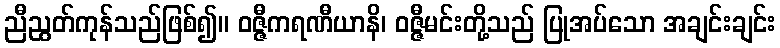
ညီညွတ်ကုန်သည်ဖြစ်၍။ ဝဇ္ဇီကရဏီယာနိ၊ ဝဇ္ဇီမင်းတို့သည် ပြုအပ်သော အချင်းချင်း